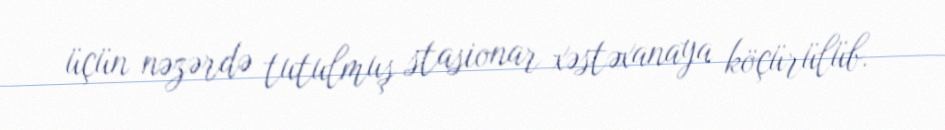
üçün nəzərdə tutulmuş stasionar xəstəxanaya köçürülüb.